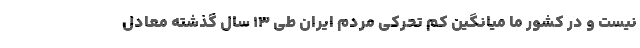
نیست و در کشور ما میانگین کم تحرکی مردم ایران طی ۱۳ سال گذشته معادل